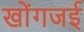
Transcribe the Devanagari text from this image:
खोंगजई